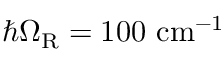
\hbar \Omega _ { \mathrm { R } } = 1 0 0 ~ \mathrm { c m } ^ { - 1 }